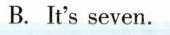
B. It's seven.